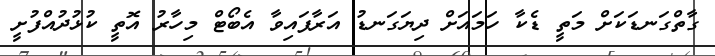
ގާތްގަނޑަކަށް މަތީ ޑެކާ ހަމައަށް ދިޔަގަނޑު އަރާފައިވާ އެބޯޓް މިހާރު އޮތީ ކުޅުދުއްފުށީ